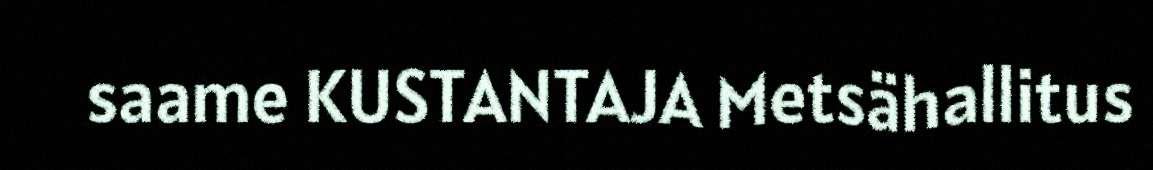
saame KUSTANTAJA Metsähallitus